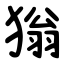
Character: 㺋